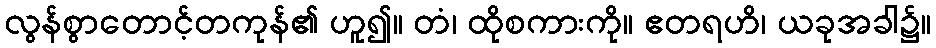
လွန်စွာတောင့်တကုန်၏ ဟူ၍။ တံ၊ ထိုစကားကို။ ဧတရဟိ၊ ယခုအခါ၌။